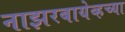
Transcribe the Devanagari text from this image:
नाझरबायेव्हच्या